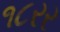
૧૮રર